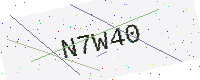
Text: N7W40